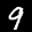
Label: 9